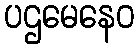
ပဌမေနေဝ